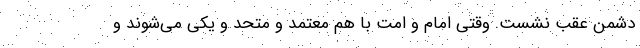
دشمن عقب نشست. وقتی امام و امت با هم معتمد و متحد و یکی می‌شوند و